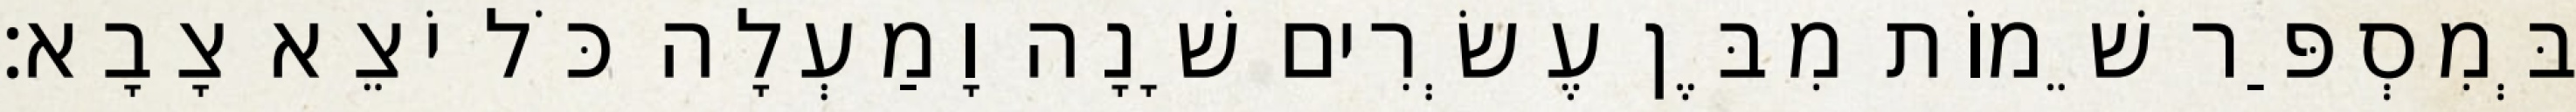
בְּמִסְפַּר שֵׁמוֹת מִבֶּן עֶשְׂרִים שָׁנָה וָמַעְלָה כֹּל יֹצֵא צָבָא׃